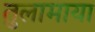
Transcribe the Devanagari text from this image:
तुलामाया